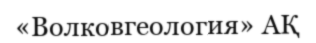
«Волковгеология» АҚ